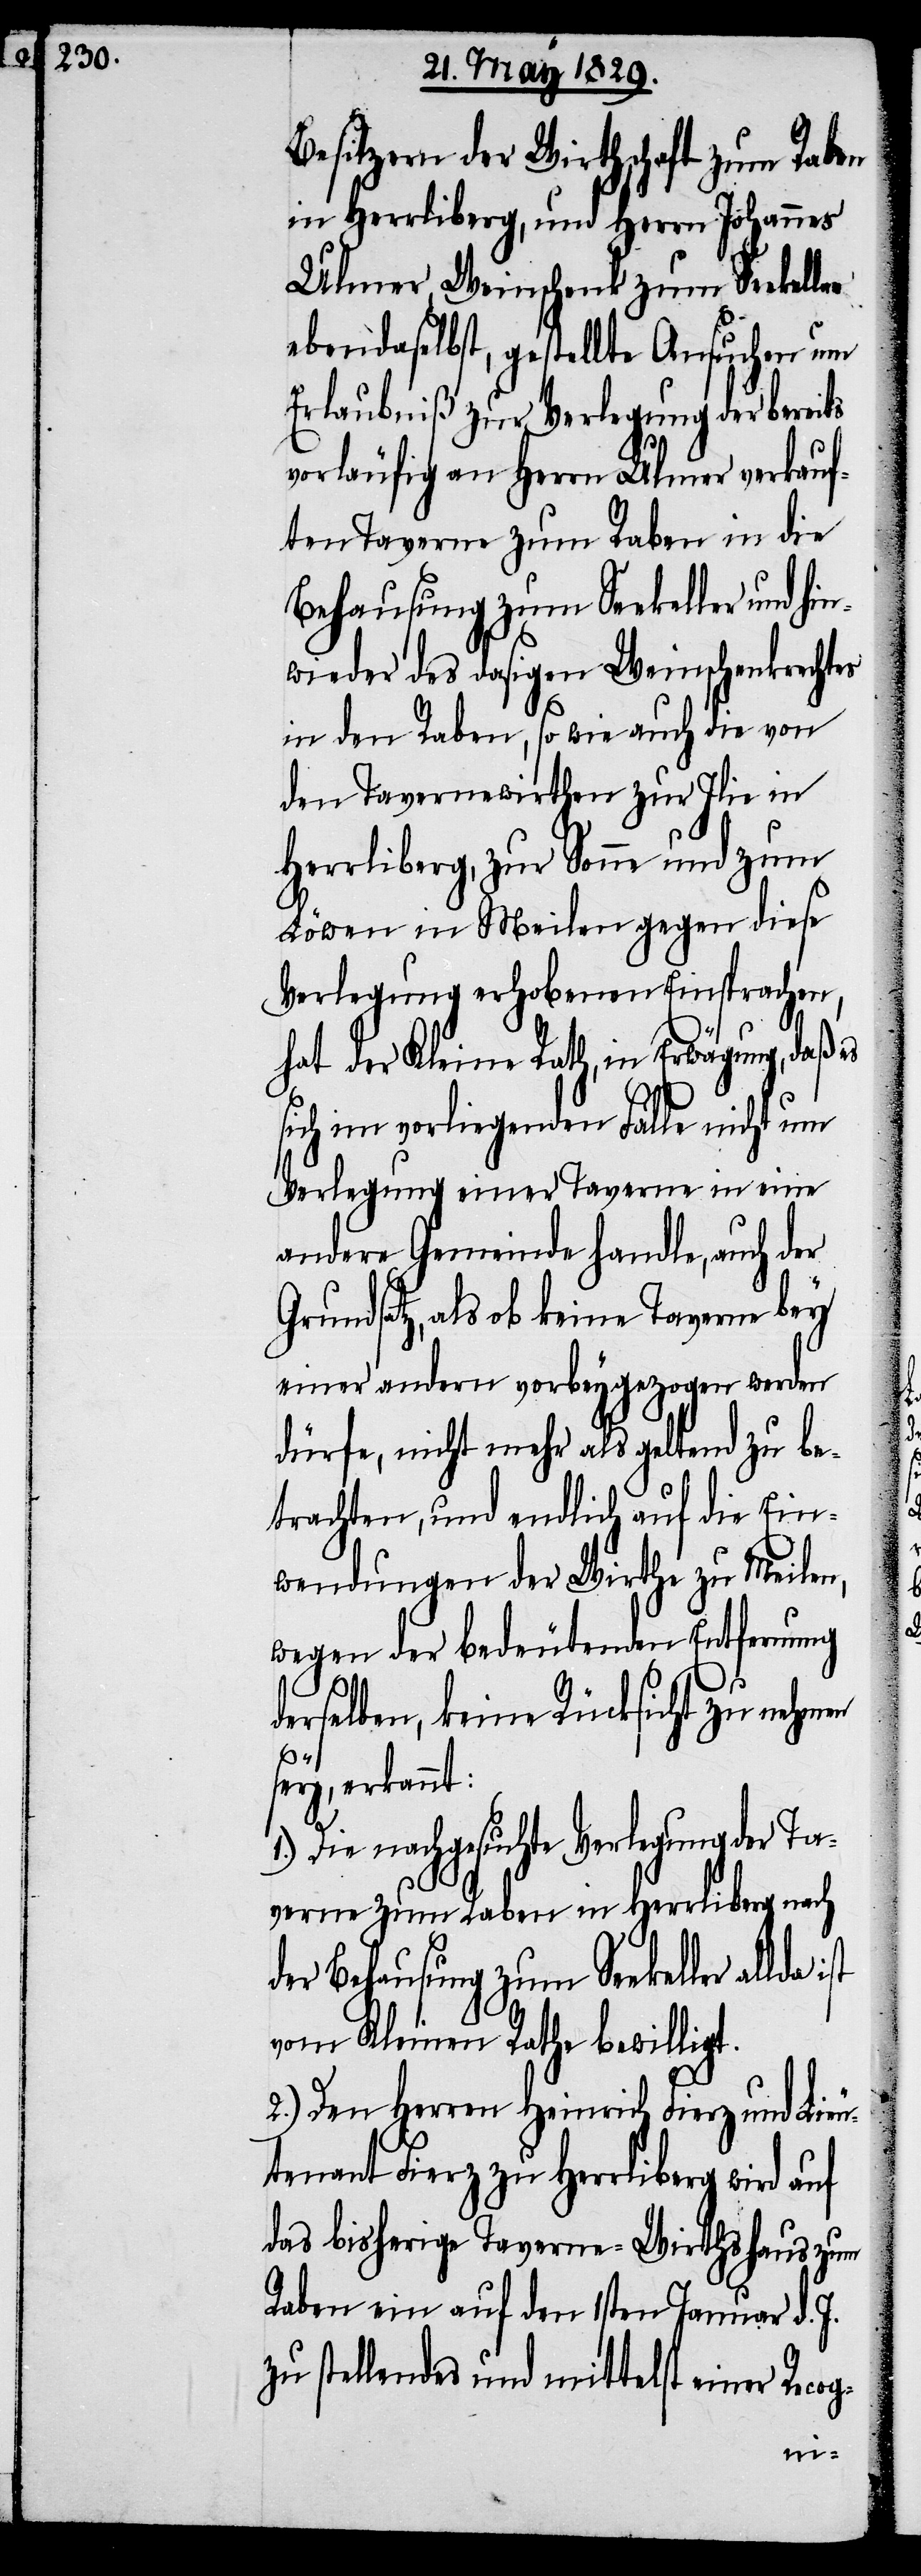
Besitzern der Wirthschaft zum Raben
in Herrliberg, und Herrn Johannes
Ulmer, Weinschenk zum Seekeller
ebendaselbst, gestellte Ansuchen um
Erlaubniß zur Verlegung der bereits
vorläufig an Herrn Ulmer verkauf¬
ten Taverne zum Raben in die
Behausung zum Seekeller und h¬
wieder des dasigen Weinschenkrechtes
in den Raben, so wie auch die von
den Tavernenwirthen zur Ilie in
Herrliberg, zur Sonne und zum
Löwen in Meilen gegen diese
Verlegung erhobenen Einsprachen,
hat der Kleine Rath, in Erwägung, daß es
sich im vorliegenden Falle nicht um
Verlegung einer Taverne in eine
andere Gemeinde handle, auch der
Grundsatz, als ob keine Taverne bey
einer andern vorbeygezogen werden
dürfe, nicht mehr als geltend zu be¬
trachten, und endlich auf die Ein¬
wendungen der Wirthe zu Meilen,
wegen der bedeutenden Entfernung
derselben, keine Rücksicht zu nehmen
sey, erkannt:
Die nachgesuchte Verlegung der
Taverne zum Raben in Herrliberg nach
der Behausung zum Seekeller allda
vom Kleinen Rathe bewilligt.
2.) Den Herren Heinrich Fierz und Lieu¬
tenant Fierz zu Herrliberg wird
das bisherige Taverne-Wirthshaus zum
Raben ein auf den 1sten Januar d. J.
zu stellendes und mittelst einer Reco¬
g-